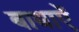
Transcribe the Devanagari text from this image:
बाधाऐं